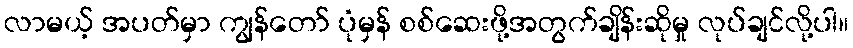
လာမယ့် အပတ်မှာ ကျွန်တော် ပုံမှန် စစ်ဆေးဖို့အတွက်ချိန်းဆိုမှု လုပ်ချင်လို့ပါ။